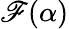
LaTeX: \mathscr{F}(\alpha)